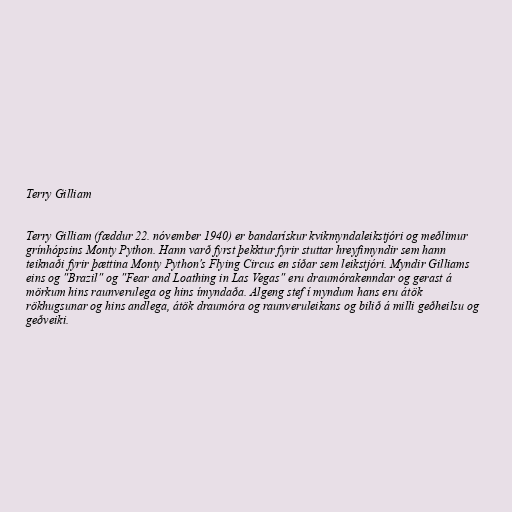
Terry Gilliam

Terry Gilliam (fæddur 22. nóvember 1940) er bandarískur kvikmyndaleikstjóri og meðlimur
grínhópsins Monty Python. Hann varð fyrst þekktur fyrir stuttar hreyfimyndir sem hann
teiknaði fyrir þættina Monty Python's Flying Circus en síðar sem leikstjóri. Myndir Gilliams
eins og "Brazil" og "Fear and Loathing in Las Vegas" eru draumórakenndar og gerast á
mörkum hins raunverulega og hins ímyndaða. Algeng stef í myndum hans eru átök
rökhugsunar og hins andlega, átök draumóra og raunveruleikans og bilið á milli geðheilsu og
geðveiki.